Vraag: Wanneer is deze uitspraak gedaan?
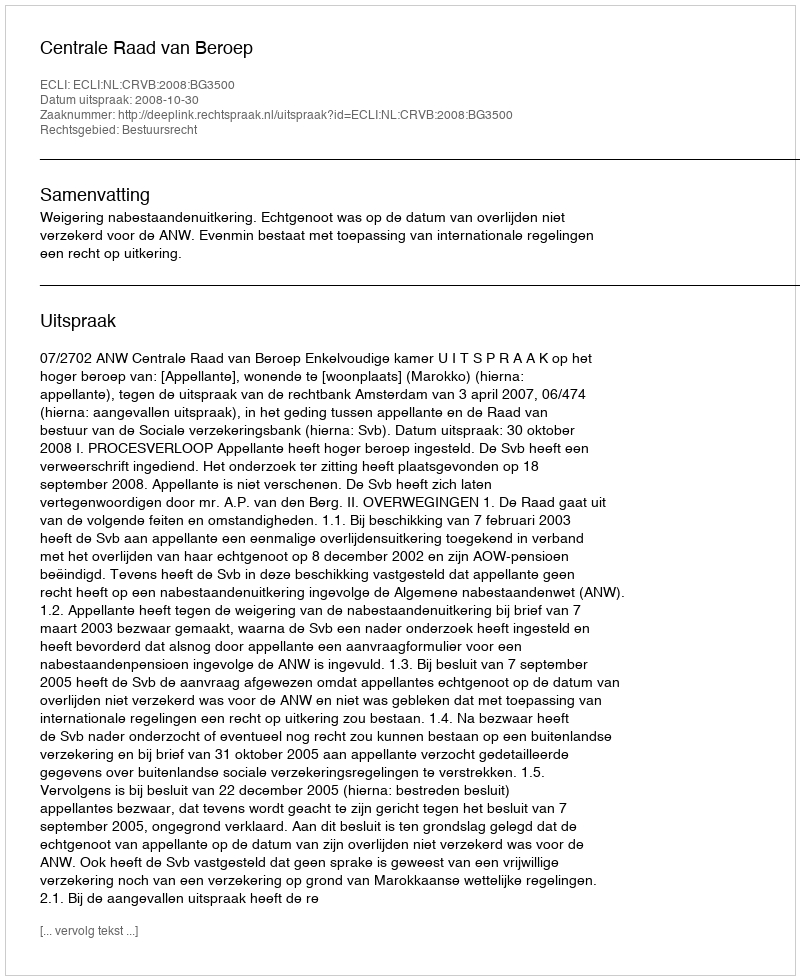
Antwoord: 2008-10-30